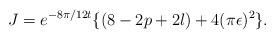
LaTeX: \begin{align*}J=e^{-8\pi/12t}\{(8-2p+2l)+4(\pi \epsilon)^{2} \}.\end{align*}